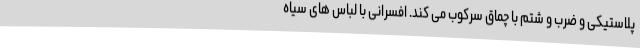
پلاستیکی و ضرب و شتم با چماق سرکوب می کند. افسرانی با لباس های سیاه